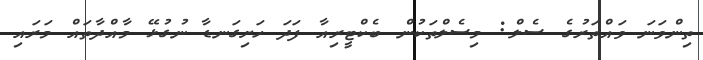
ތިންވަނަ ވައްތަރުގެ ސެލް: މިސެލްތަކުން ބެކްޓީރިއާ ފަދަ ހަށިގަނޑާ ނުގުޅޭ މާއްދާތައް މަރައި